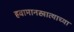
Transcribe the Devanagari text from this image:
हवामानखात्याच्या